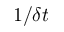
1 / \delta t